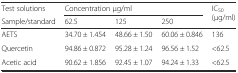
<table><thead><tr><td><b>Test solutions</b></td><td colspan="3"><b>Concentration μg/ml</b></td><td rowspan="2"><b>IC<sub>50</sub> (μg/ml)</b></td></tr><tr><td><b>Sample/standard</b></td><td><b>62.5</b></td><td><b>125</b></td><td><b>250</b></td></tr></thead><tbody><tr><td>AETS</td><td>34.70 ± 1.454</td><td>48.66 ± 1.50</td><td>60.06 ± 0.846</td><td>136</td></tr><tr><td>Quercetin</td><td>94.86 ± 0.872</td><td>95.28 ± 1.24</td><td>96.56 ± 1.52</td><td>&lt;62.5</td></tr><tr><td>Acetic acid</td><td>90.62 ± 1.856</td><td>92.45 ± 1.07</td><td>94.24 ± 1.33</td><td>&lt;62.5</td></tr></tbody></table>